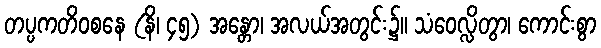
တပ္ပကတိဝစနေ (နိ၊ ၄၅) အန္တော၊ အလယ်အတွင်း၌။ သံဝေလ္လိတွာ၊ ကောင်းစွာ